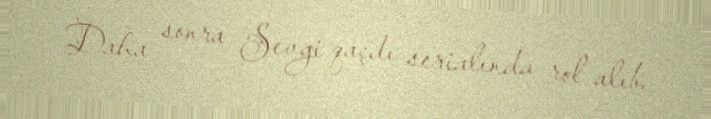
Daha sonra Sevgi qaçdı serialında rol alıb.